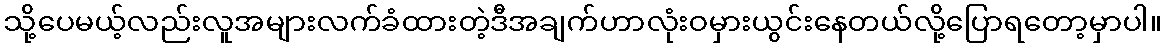
သို့ပေမယ့်လည်းလူအများလက်ခံထားတဲ့ဒီအချက်ဟာလုံးဝမှားယွင်းနေတယ်လို့ပြောရတော့မှာပါ။